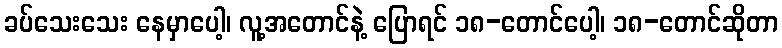
ခပ်သေးသေး နေမှာပေါ့၊ လူ့အတောင်နဲ့ ပြောရင် ၁၈-တောင်ပေါ့၊ ၁၈-တောင်ဆိုတာ